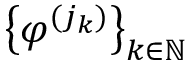
\big \{ \varphi ^ { ( j _ { k } ) } \big \} _ { k \in \mathbb { N } }